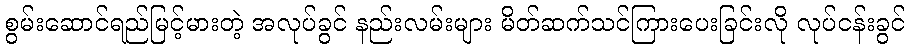
စွမ်းဆောင်ရည်မြင့်မားတဲ့ အလုပ်ခွင် နည်းလမ်းများ မိတ်ဆက်သင်ကြားပေးခြင်းလို လုပ်ငန်းခွင်